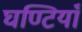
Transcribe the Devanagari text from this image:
घण्टियाँ